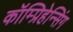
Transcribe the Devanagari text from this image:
कॉम्प्रिहेन्सिंग